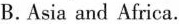
B. Asia and Africa.